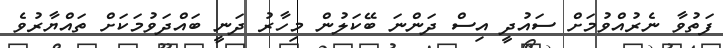
ފަތުވާ ނެރުއްވުމަށް ސައުދީ އިސް ދަންނަ ބޭކަލުން މިހާރު ދަނީ ބައްދަވުމަކަށް ތައްޔާރުވެ